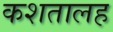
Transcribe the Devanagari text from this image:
कशतालह